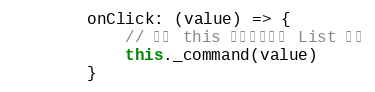
Language: JavaScript
        onClick: (value) => {
            // 注意 this 是指向当前的 List 对象
            this._command(value)
        }